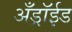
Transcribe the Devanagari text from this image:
अँड्रॉईड